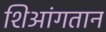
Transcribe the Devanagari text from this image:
शिआंगतान